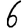
Digit: 6